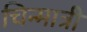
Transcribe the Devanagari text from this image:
चिन्मात्री